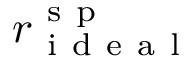
r _ { \mathrm { ~ i ~ d ~ e ~ a ~ l ~ } } ^ { \mathrm { ~ s ~ p ~ } }